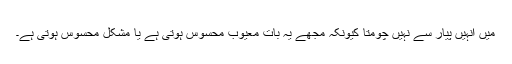
میں انہیں پیار سے نہیں چومتا کیونکہ مجھے یہ بات معیوب محسوس ہوتی ہے یا مشکل محسوس ہوتی ہے۔